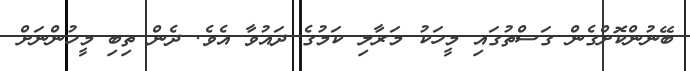
ބޭނުންކޮށްގެން ގަސްތުގައި މީހަކު މަރާލި ކަމުގެ ދައުވާ އެވެ. ދެން ތިބި މީހުންނަށް